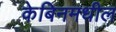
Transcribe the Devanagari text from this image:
केबिनमधील